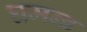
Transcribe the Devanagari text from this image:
घमन्ड